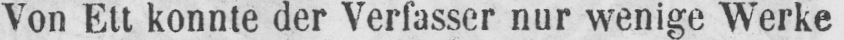
Von Ett konnte der Verfasser nur wenige Werke